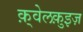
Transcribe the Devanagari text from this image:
क़्वेलक़ुइज़